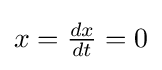
x={\tfrac {dx}{dt}}=0